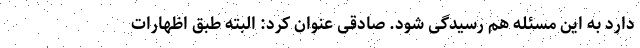
دارد به این مسئله هم رسیدگی شود. صادقی عنوان کرد: البته طبق اظهارات